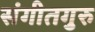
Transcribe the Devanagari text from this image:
संगीतगुरु